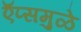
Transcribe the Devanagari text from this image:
ऍप्समुळे